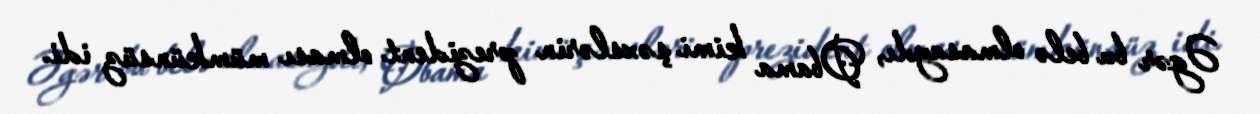
Əgər bu belə olmasaydı, Obama kimi şəxslərin prezident olması mümkünsüz idi.